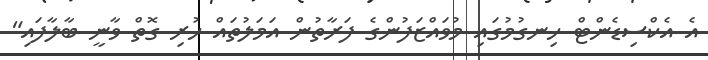
އެ އެކްސިޑެންޓް ހިނގުމުގައި މުވައްޒަފުންގެ ފަރާތުން އަމަލުތައް ހުރި ގޮތް ވާނީ ބާލާފައި"